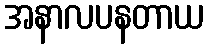
အနာလပနတာယ